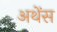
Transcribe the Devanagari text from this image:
अथेंस